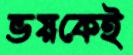
ভয়কেই